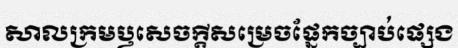
សាលក្រមឫសេចក្តីសម្រេចផ្នែកច្បាប់ផ្សេង